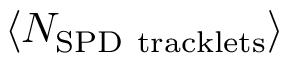
\langle N _ { \mathrm { S P D ~ t r a c k l e t s } } \rangle